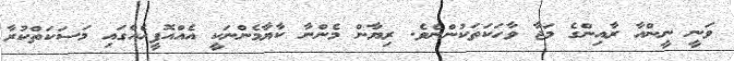
ވަނީ ނީންއާ ރާއިންގެެ މަޖާ ވާހަކަތަކުންނެވެ. ރިޔާން މެންނާ ކާޔާމެންނަކީ އެއްއޮފީހެއްގައި މަސަކަތްކުރާ